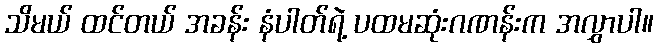
သိမယ် ထင်တယ် အခန်း နံပါတ်ရဲ့ ပထမဆုံးဂဏန်းက အလွှာပါ။